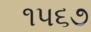
૧૫૬૭